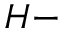
H -